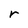
Character: r